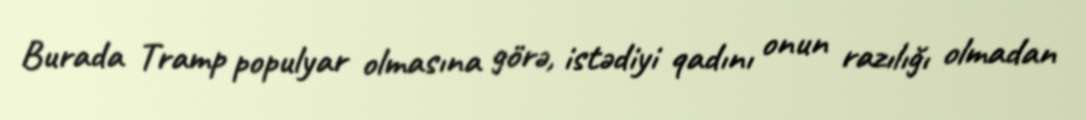
Burada Tramp populyar olmasına görə, istədiyi qadını onun razılığı olmadan